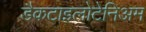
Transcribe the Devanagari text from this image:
डैकटाइलोटेनिअम